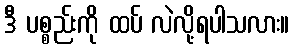
ဒီ ပစ္စည်းကို ထပ် လဲလို့ရပါသလား။